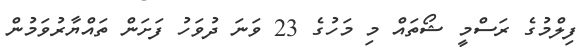
ފިލްމުގެ ރަސްމީ ޝޯތައް މި މަހުގެ 23 ވަނަ ދުވަހު ފަށަން ތައްޔާރުވަމުން